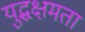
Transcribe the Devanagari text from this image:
युद्धक्षमता